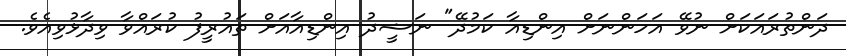
ދަންތުރައަކަށް ނުވޭ އަހަންނަށް އިންޑިއާ ކަމުދޭ" ނަޝީދު އިންޑިއާއަށް ތައުރީފު ކުރައްވާ ވިދާޅުވިއެވެ.